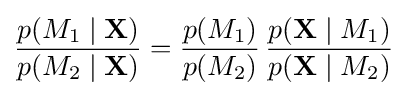
{\frac {p(M_{1}\mid \mathbf {X} )}{p(M_{2}\mid \mathbf {X} )}}={\frac {p(M_{1})}{p(M_{2})}}\,{\frac {p(\mathbf {X} \mid M_{1})}{p(\mathbf {X} \mid M_{2})}}